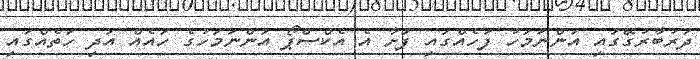
ދަރުބާރުގޭގައި އަންނަމަހު ފަހެއްގައި ފަށާ އެ އެކްސްޕޯ އަންނަމަހުގެ ހައެއް އަދި ހަތެއްގައި